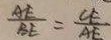
\frac { A E } { B E } = \frac { C E } { A E }